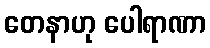
တေနာဟု ပေါရာဏာ